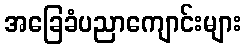
အခြေခံပညာကျောင်းများ